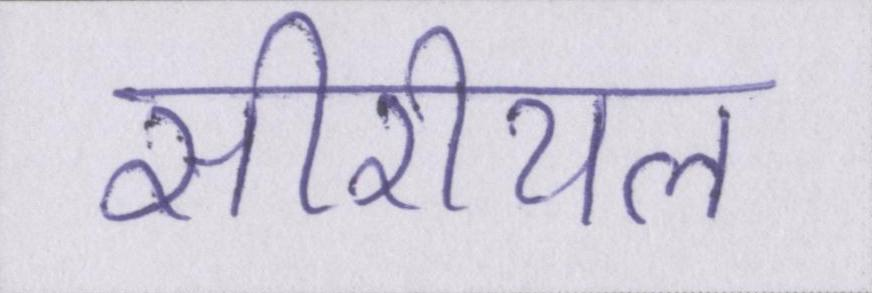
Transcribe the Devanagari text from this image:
सीरीयल